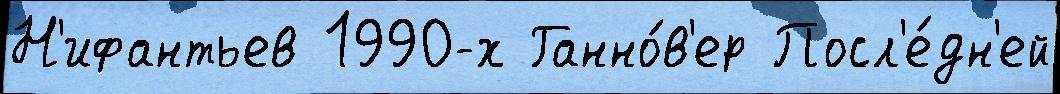
Н'ифантьев 1990-х Ганно́в'ер Посл'е́дн'ей